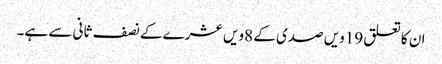
ان کا تعلق 19ویں صدی کے 8ویں عشرے کے نصف ثانی سے ہے۔